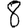
Digit: 8